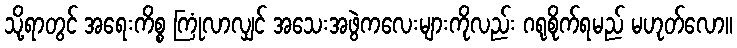
သို့ရာတွင် အရေးကိစ္စ ကြုံလာလျှင် အသေးအဖွဲကလေးများကိုလည်း ဂရုစိုက်ရမည် မဟုတ်လော။